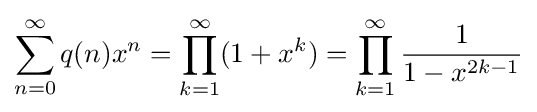
\sum _{n=0}^{\infty }q(n)x^{n}=\prod _{k=1}^{\infty }(1+x^{k})=\prod _{k=1}^{\infty }{\frac {1}{1-x^{2k-1}}}